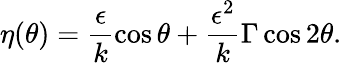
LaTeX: \eta(\theta)=\frac{\epsilon}{k}\cos\theta+\frac{\epsilon^{2}}{k}\Gamma\cos 2\theta.